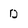
Character: D